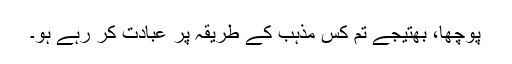
پوچھا، بھتیجے تم کس مذہب کے طریقہ پر عبادت کر رہے ہو۔